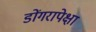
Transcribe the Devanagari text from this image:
डोंगरापेक्षा